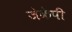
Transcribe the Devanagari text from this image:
जेकेपी